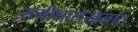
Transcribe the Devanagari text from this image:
समीक्षालेखनात